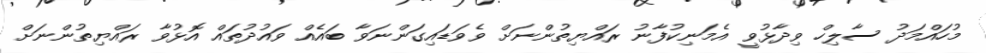
މުހައްމަދު ސާލިހް ވިދާޅުވީ އެމަނިކުފާނު ރައްޔިތުންނަށް ވެވަޑައިގަަންނަވާ ބަައެއް ވަައުދުތައް އޮޅުވާ ރައްޔިތުންނަށް